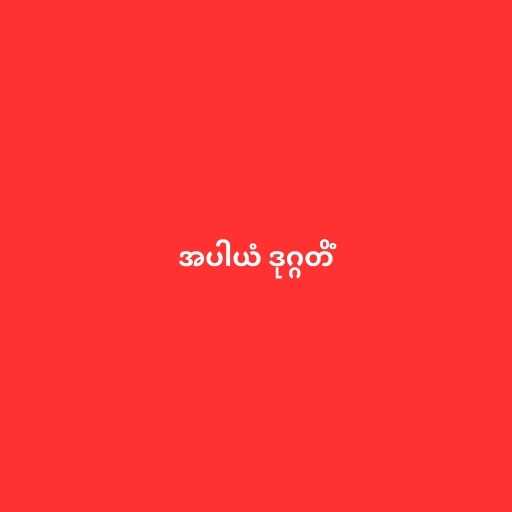
အပါယံ ဒုဂ္ဂတိံ